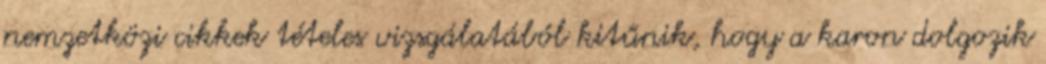
nemzetközi cikkek tételes vizsgálatából kitűnik, hogy a karon dolgozik